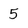
Character: 5